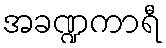
အခဏ္ဍကာရီ